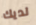
لديك